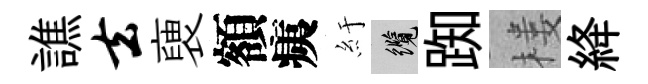
譙去褏額痍紆纜踟楼絳